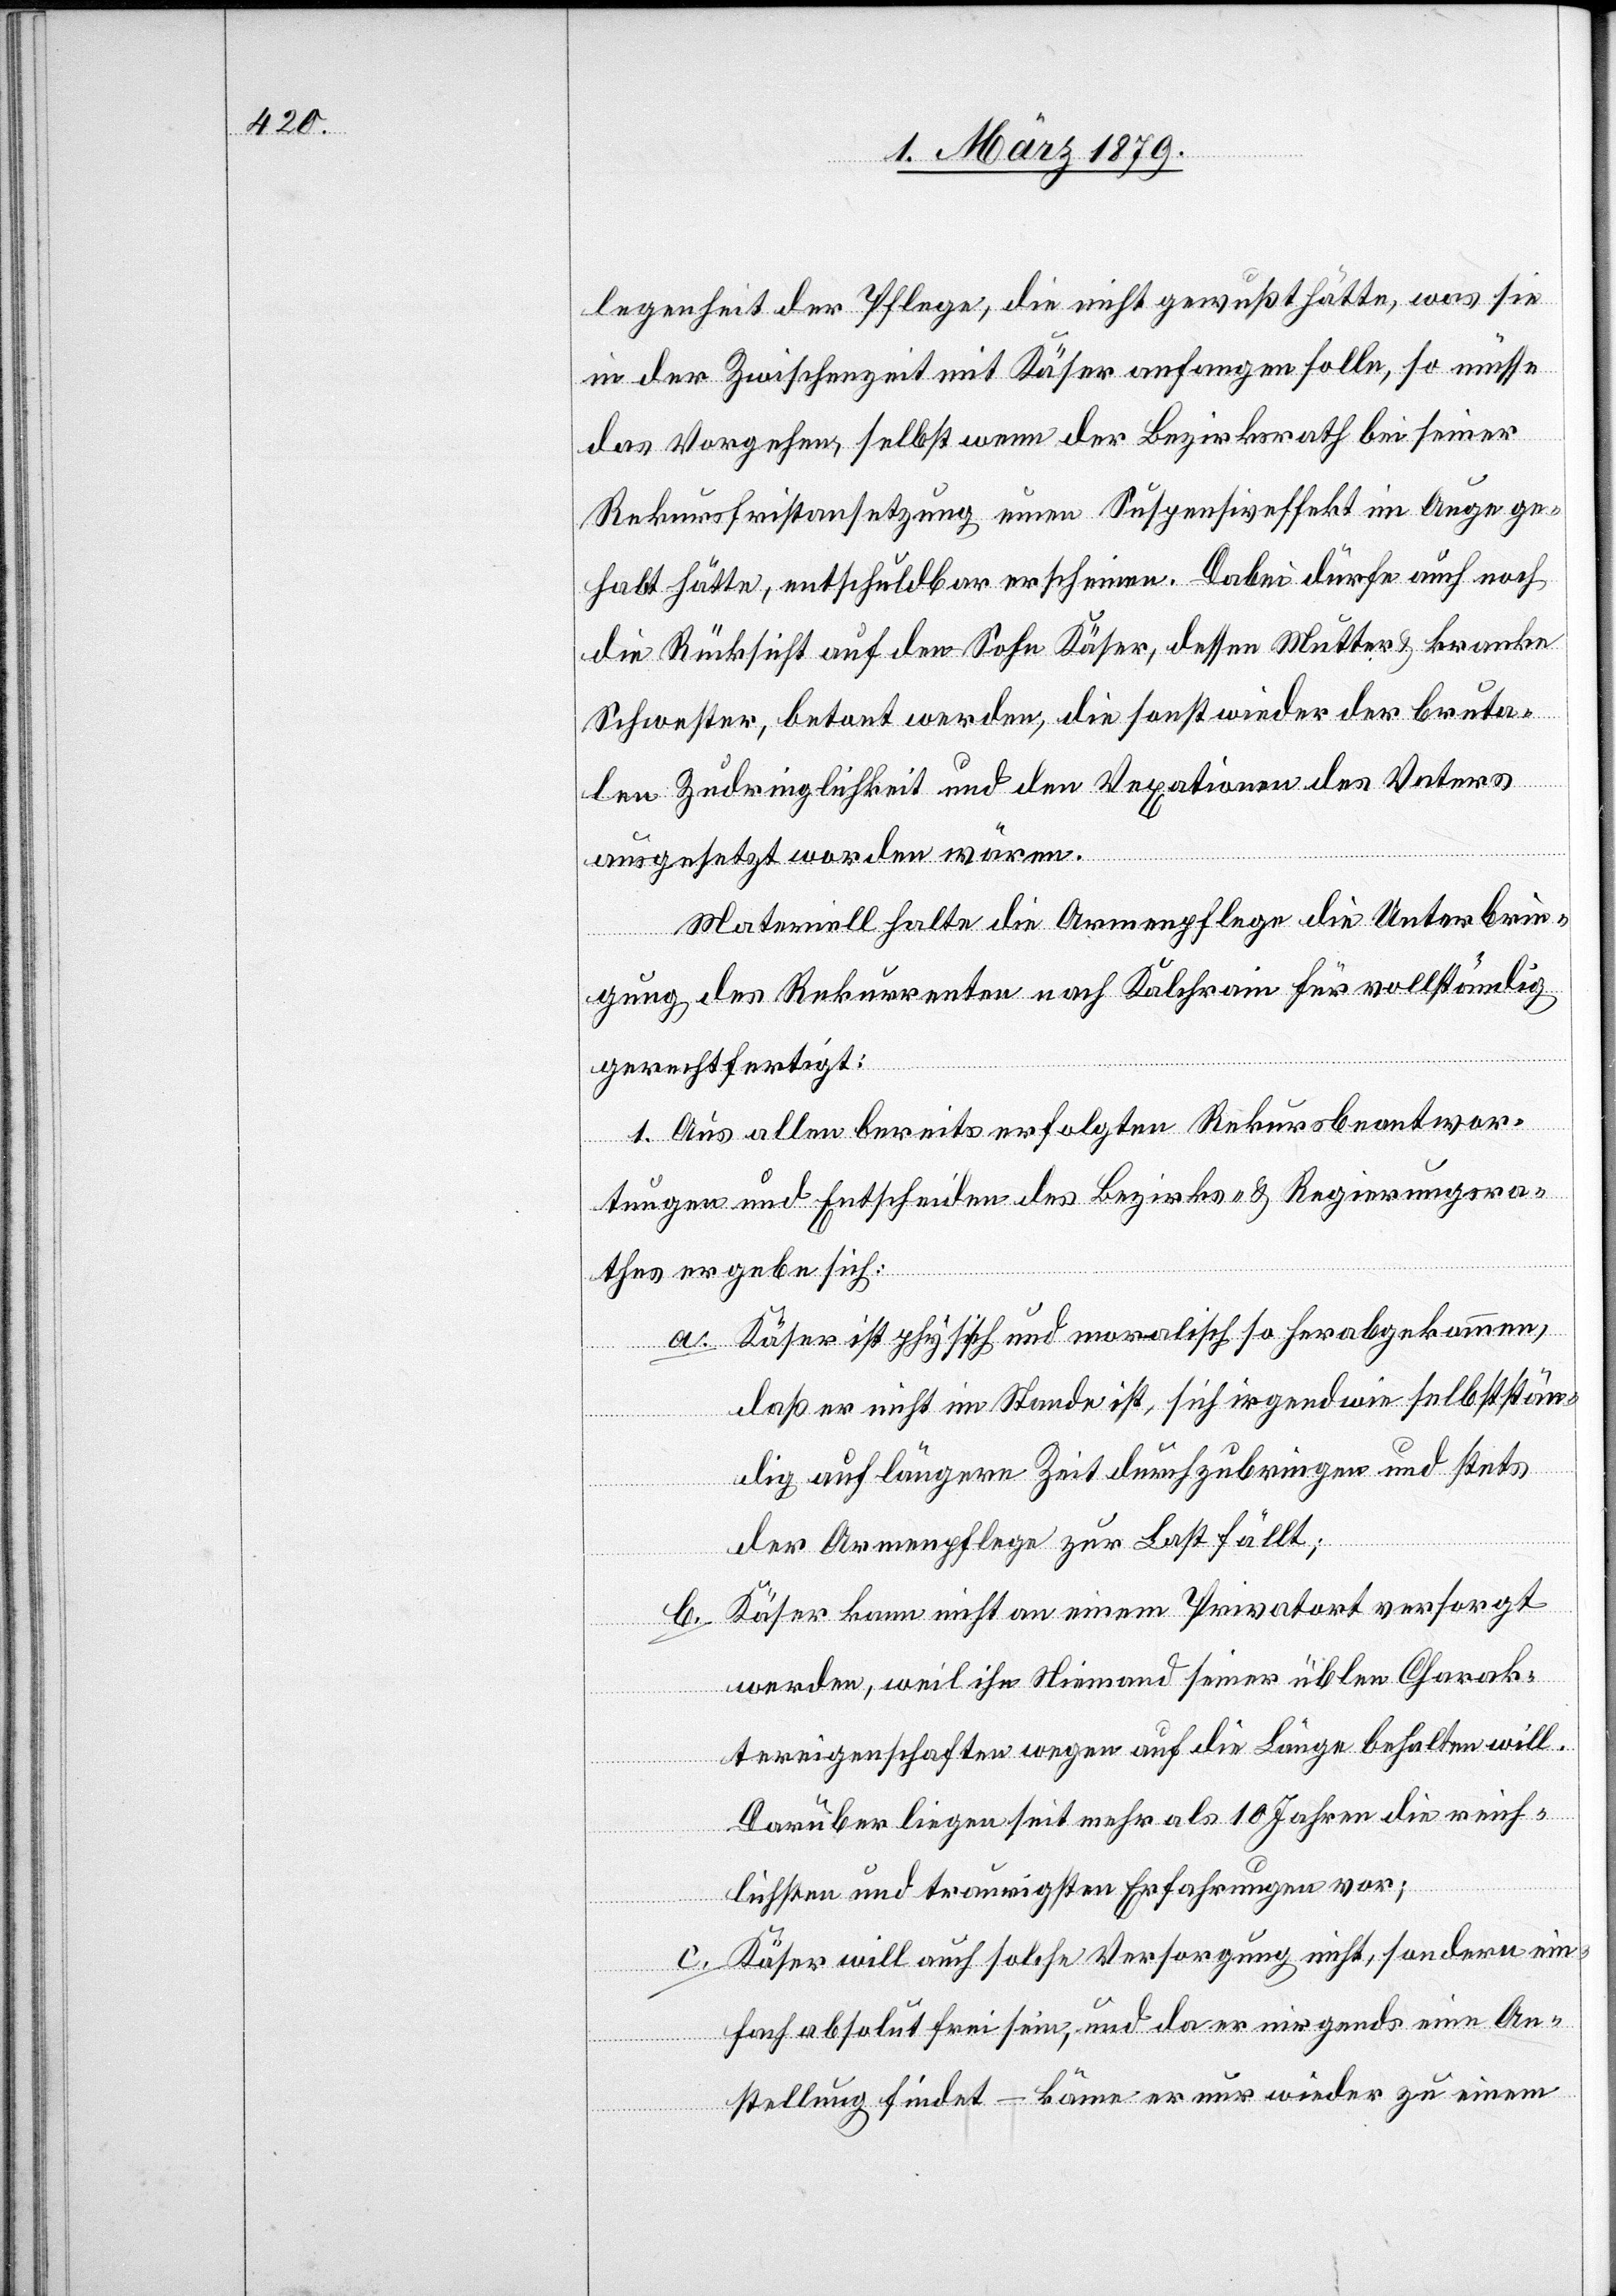
legenheit der Pflege, die nicht gewußt hätte, was sie
in der Zwischenzeit mit Kaiser anfangen solle, so müsse
b.
das Vorgehen, selbst wenn der Bezirksrath bei seiner
Rekursfristansetzung neuen Suspensiveffekt im Auge ge¬
habt hätte, entschuldbar erscheinen. Dabei dürfe auch noch
die Rücksicht auf den Sohn Käser, dessen Mutter & kranke
Schwester, betont werden, die sonst wieder der bruta¬
len Zudringlichkeit und den Vexationen des Vaters
ausgesetzt worden wären.
Materiell halte die Armenpflege die Unterbrin¬
gung des Rekurrenten nach Kalchrain für vollständig
gerechtfertigt:
1. Aus allen bereits erfolgten Rekursbeantwor¬
tungen und Entscheiden des Bezirks- & Regierungsra¬
thes ergebe sich:
a. Käser ist physisch und moralisch so herabgekommen,
daß er nicht im Stande ist, sich irgendwie selbststän¬
dig auf längere Zeit durchzubringen und stets
der Armenpflege zur Last fällt;
Käser kann nicht an einem Privatort versorgt
werden, weil ihn Niemand seiner üblen Charak¬
tereigenschaften wegen auf die Länge behalten will.
Darüber liegen seit mehr als 10 Jahren die reich¬
lichsten und traurigsten Erfahrungen vor;
c. Käser will auch solche Versorgung nicht, sondern ein¬
fach absolut frei sein, und da er nirgends eine An¬
stellung findet – käme er nur wieder zu einem